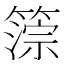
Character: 𥲚